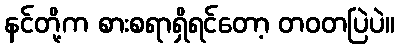
နင်တို့က စားစရာရှိရင်တော့ တဝတပြဲပဲ။